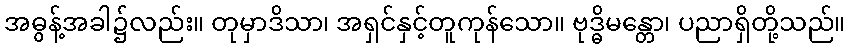
အဓွန့်အခါ၌လည်း။ တုမှာဒိသာ၊ အရှင်နှင့်တူကုန်သော။ ဗုဒ္ဓိမန္တော၊ ပညာရှိတို့သည်။